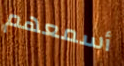
أسمعهم